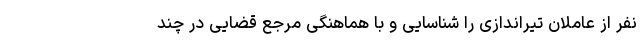
نفر از عاملان تیراندازی را شناسایی و با هماهنگی مرجع قضایی در چند